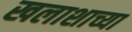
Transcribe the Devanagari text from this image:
खलाशाच्या